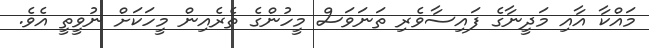
މައްކާ އާއި މަދީނާގެ ފައިސާވެރި ތަނަވަސް މީހުންގެ ތެރެއިން މީހަކަށް ނުވީތީ އެވެ.